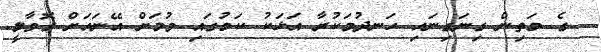
ގެ މަތިން ގިނަގިނައި ހަނދުމަކުރާ އަޅަކު ކަމުގައި ވުމަށް އޭނައަށް ގޮވާލީ